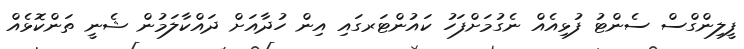
ފީލިންގްސް ސެންޓު ފުޅިއެއް ނެގުމަށްފަހު ކައުންޓަރގައި އިން ހުދާއަށް ދައްކާލަމުން ޝެނީ ތަންކޮޅެއް